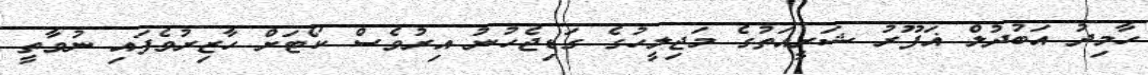
ހާމިދު އަބުދުލް ޣަފޫރު ޝަރީއަތުގެ މަޖިލީހުގެ ގަޑިޖެހުނު އިރުވެސް ކޯޓަށް ހާޒިރުވެފައި ނުވާތީ